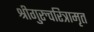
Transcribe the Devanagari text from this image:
श्रीगुरुचरित्रामृत